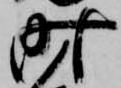
時